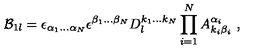
{ \cal B } _ { 1 l } = \epsilon _ { \alpha _ { 1 } \ldots \alpha _ { N } } \epsilon ^ { \beta _ { 1 } \ldots \beta _ { N } } D _ { l } ^ { k _ { 1 } \ldots k _ { N } } \prod _ { i = 1 } ^ { N } A _ { k _ { i } \beta _ { i } } ^ { \alpha _ { i } } \ ,